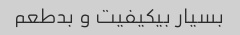
بسیار بیکیفیت و بدطعم